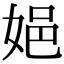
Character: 㛕